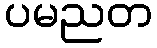
ပမညတ